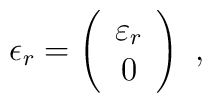
\epsilon_r = \left( \begin{array}{c} \varepsilon_r \\ 0          \end{array} \right) \ ,